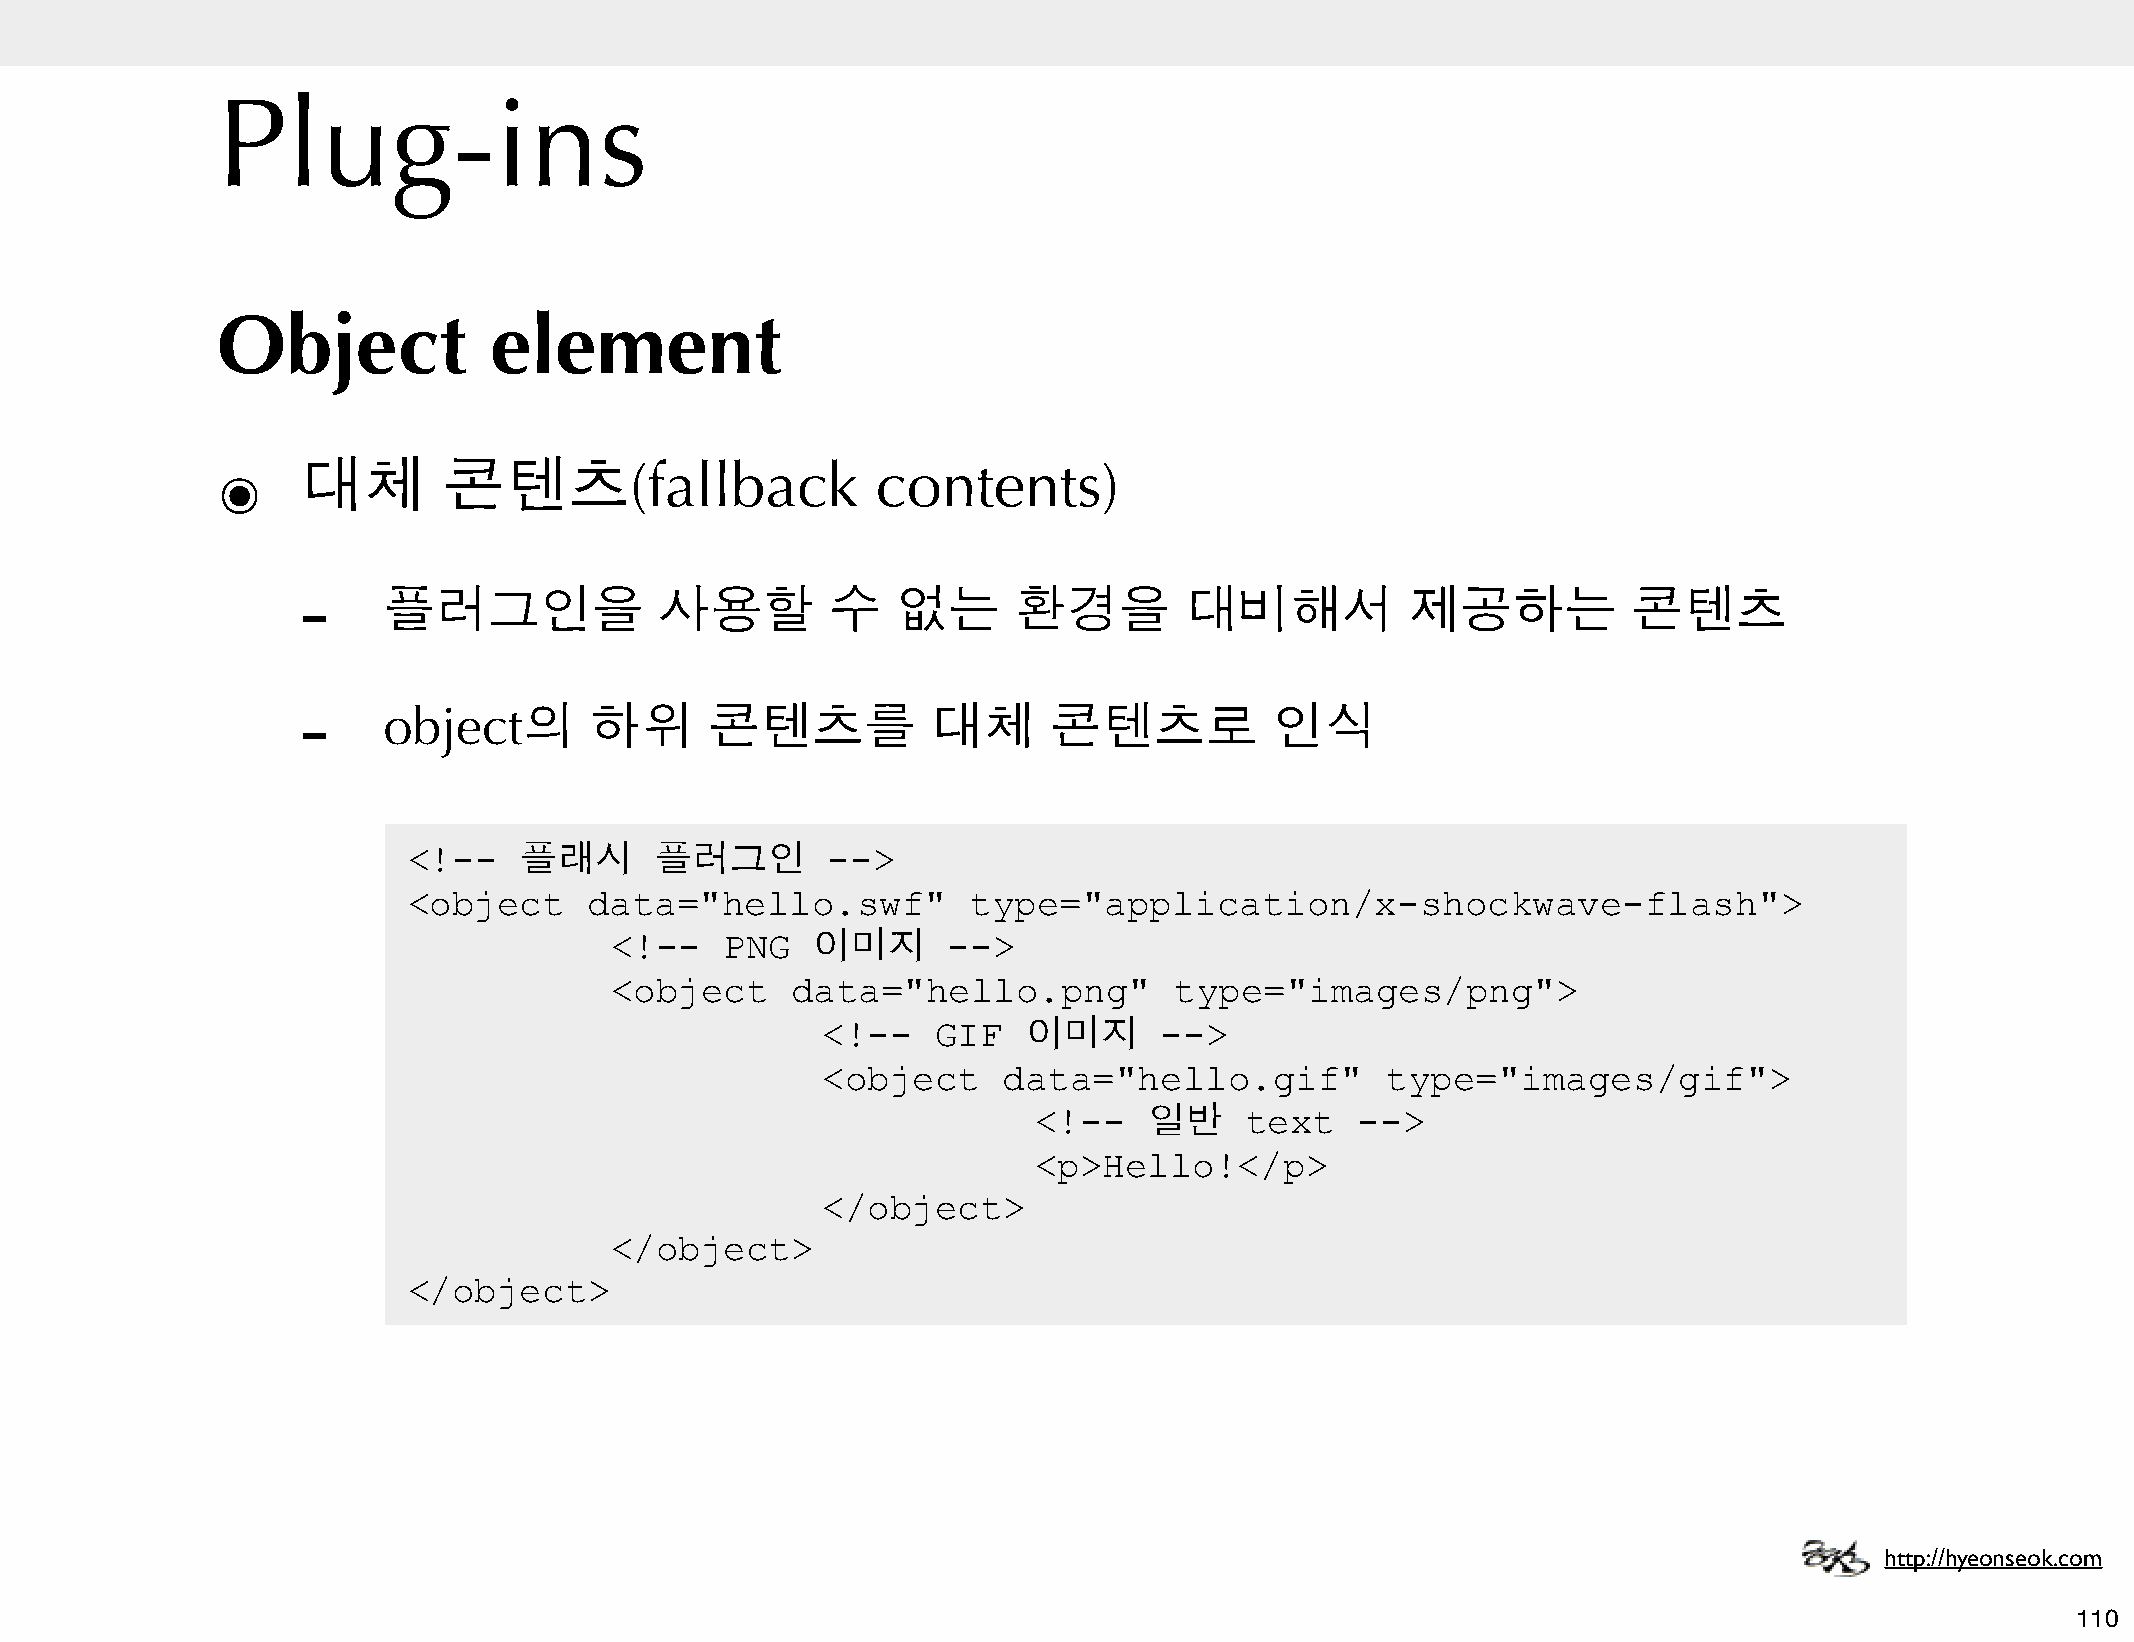
Plug-ins
 Object            element
 ๏     대체       콘텐츠(fallback                 contents)
 -
 플러그인을              사용할        수   없는      환경을        대비해서           제공하는           콘텐츠
 -
 object의       하위      콘텐츠를           대체     콘텐츠로           인식
 <!--   플래시      플러그인        -->
 <object     data="hello.swf"         type="application/x-shockwave-flash">
 <!--    PNG   이미지      -->
 <object     data="hello.png"          type="images/png">
 <!--    GIF   이미지      -->
 <object     data="hello.gif"          type="images/gif">
 <!--   일반    text    -->
 <p>Hello!</p>
 </object>
 </object>
 </object>
 http://hyeonseok.com
 110